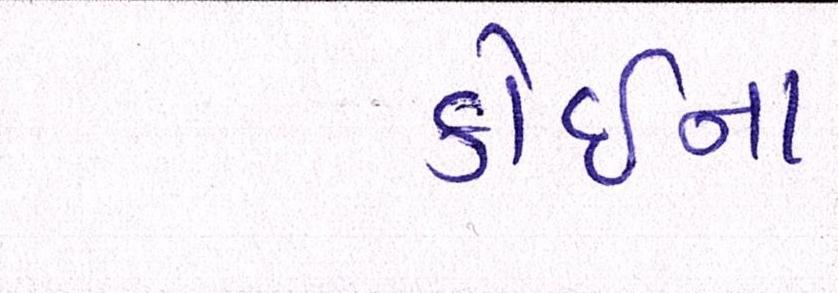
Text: કોઇના